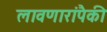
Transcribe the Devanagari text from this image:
लावणारांपैकी